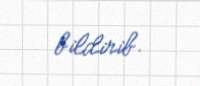
bildirib.